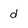
Character: d